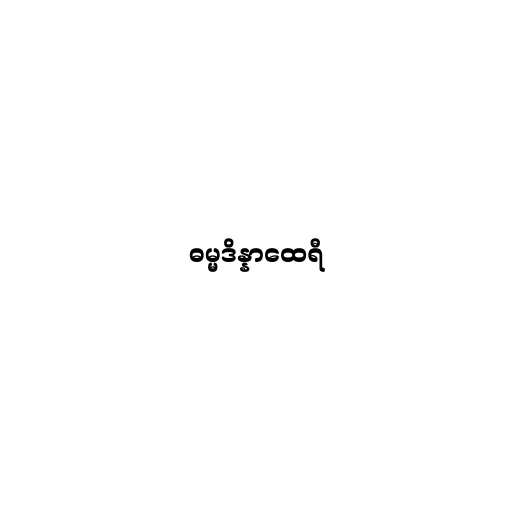
ဓမ္မဒိန္နာထေရီ